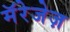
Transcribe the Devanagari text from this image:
मॅरेजेज़